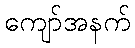
ကျော်အနက်